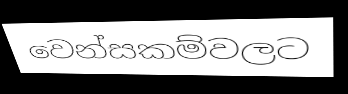
වෙන්සකම්වලට